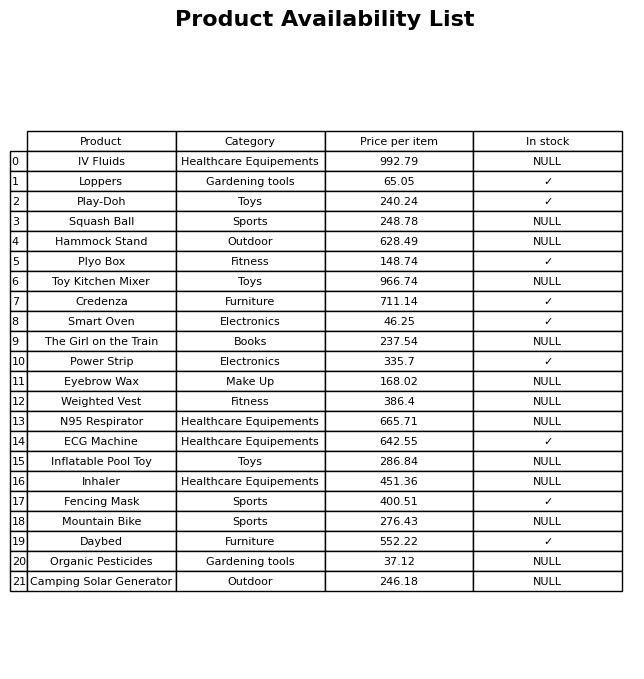
question: What is the price of the Eyebrow Wax?
answer: The price of Eyebrow Wax is 168.02.